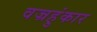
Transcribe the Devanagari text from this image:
वज्रहुंकार